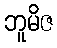
ဘူမိဇ